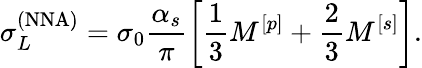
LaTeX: \sigma_{L}^{(\mathrm{NNA})}=\sigma_{0}\frac{\alpha_{s}}{\pi}\left[\frac{1}{3}M^{[p]}+\frac{2}{3}M^{[s]}\right].